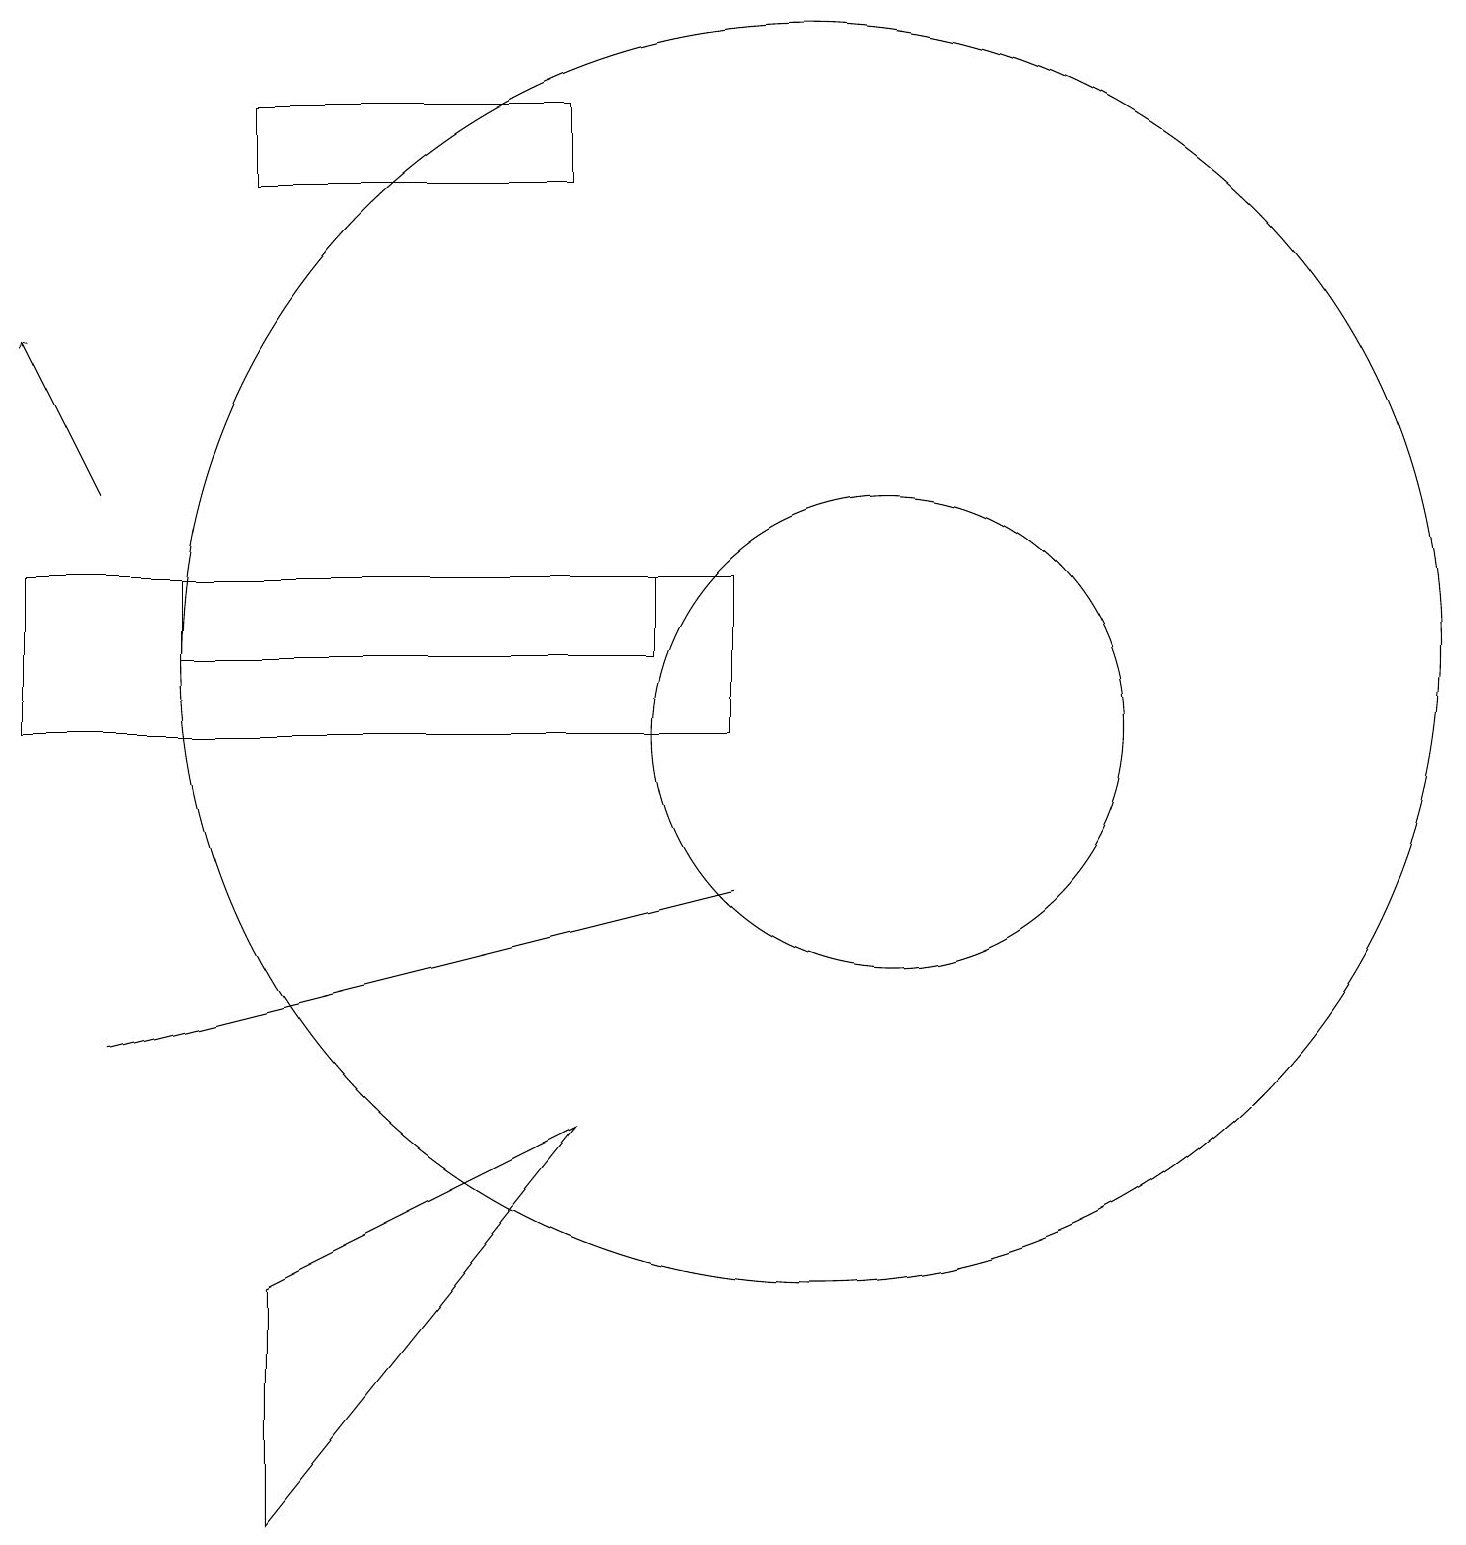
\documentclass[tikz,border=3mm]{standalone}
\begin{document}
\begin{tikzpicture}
\draw (0,13) rectangle (9,11);
\draw[->] (1,14) -- (0,16);
\draw (10,12) circle (8);
\draw (11,11) circle (3);
\draw (7,18) rectangle (3,19);
\draw (7,6) -- (3,1) -- (3,4) -- cycle;
\draw (1,7) -- (9,9) -- (1,7) -- cycle;
\draw (8,12) rectangle (2,13);
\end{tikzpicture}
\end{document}